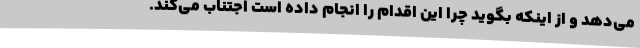
می‌دهد و از اینکه بگوید چرا این اقدام را انجام داده است اجتناب می‌کند.